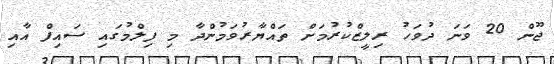
ޖޫން 20 ވަނަ ދުވަހު ރިލީޒްކުރުމަށް ތައްޔާރުވަމުންދާ މި ފިލްމުގައި ސައިފް އާއި